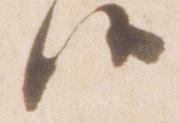
候